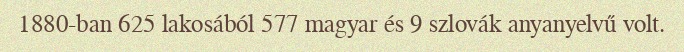
1880-ban 625 lakosából 577 magyar és 9 szlovák anyanyelvű volt.